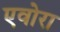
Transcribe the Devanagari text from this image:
एवोरा